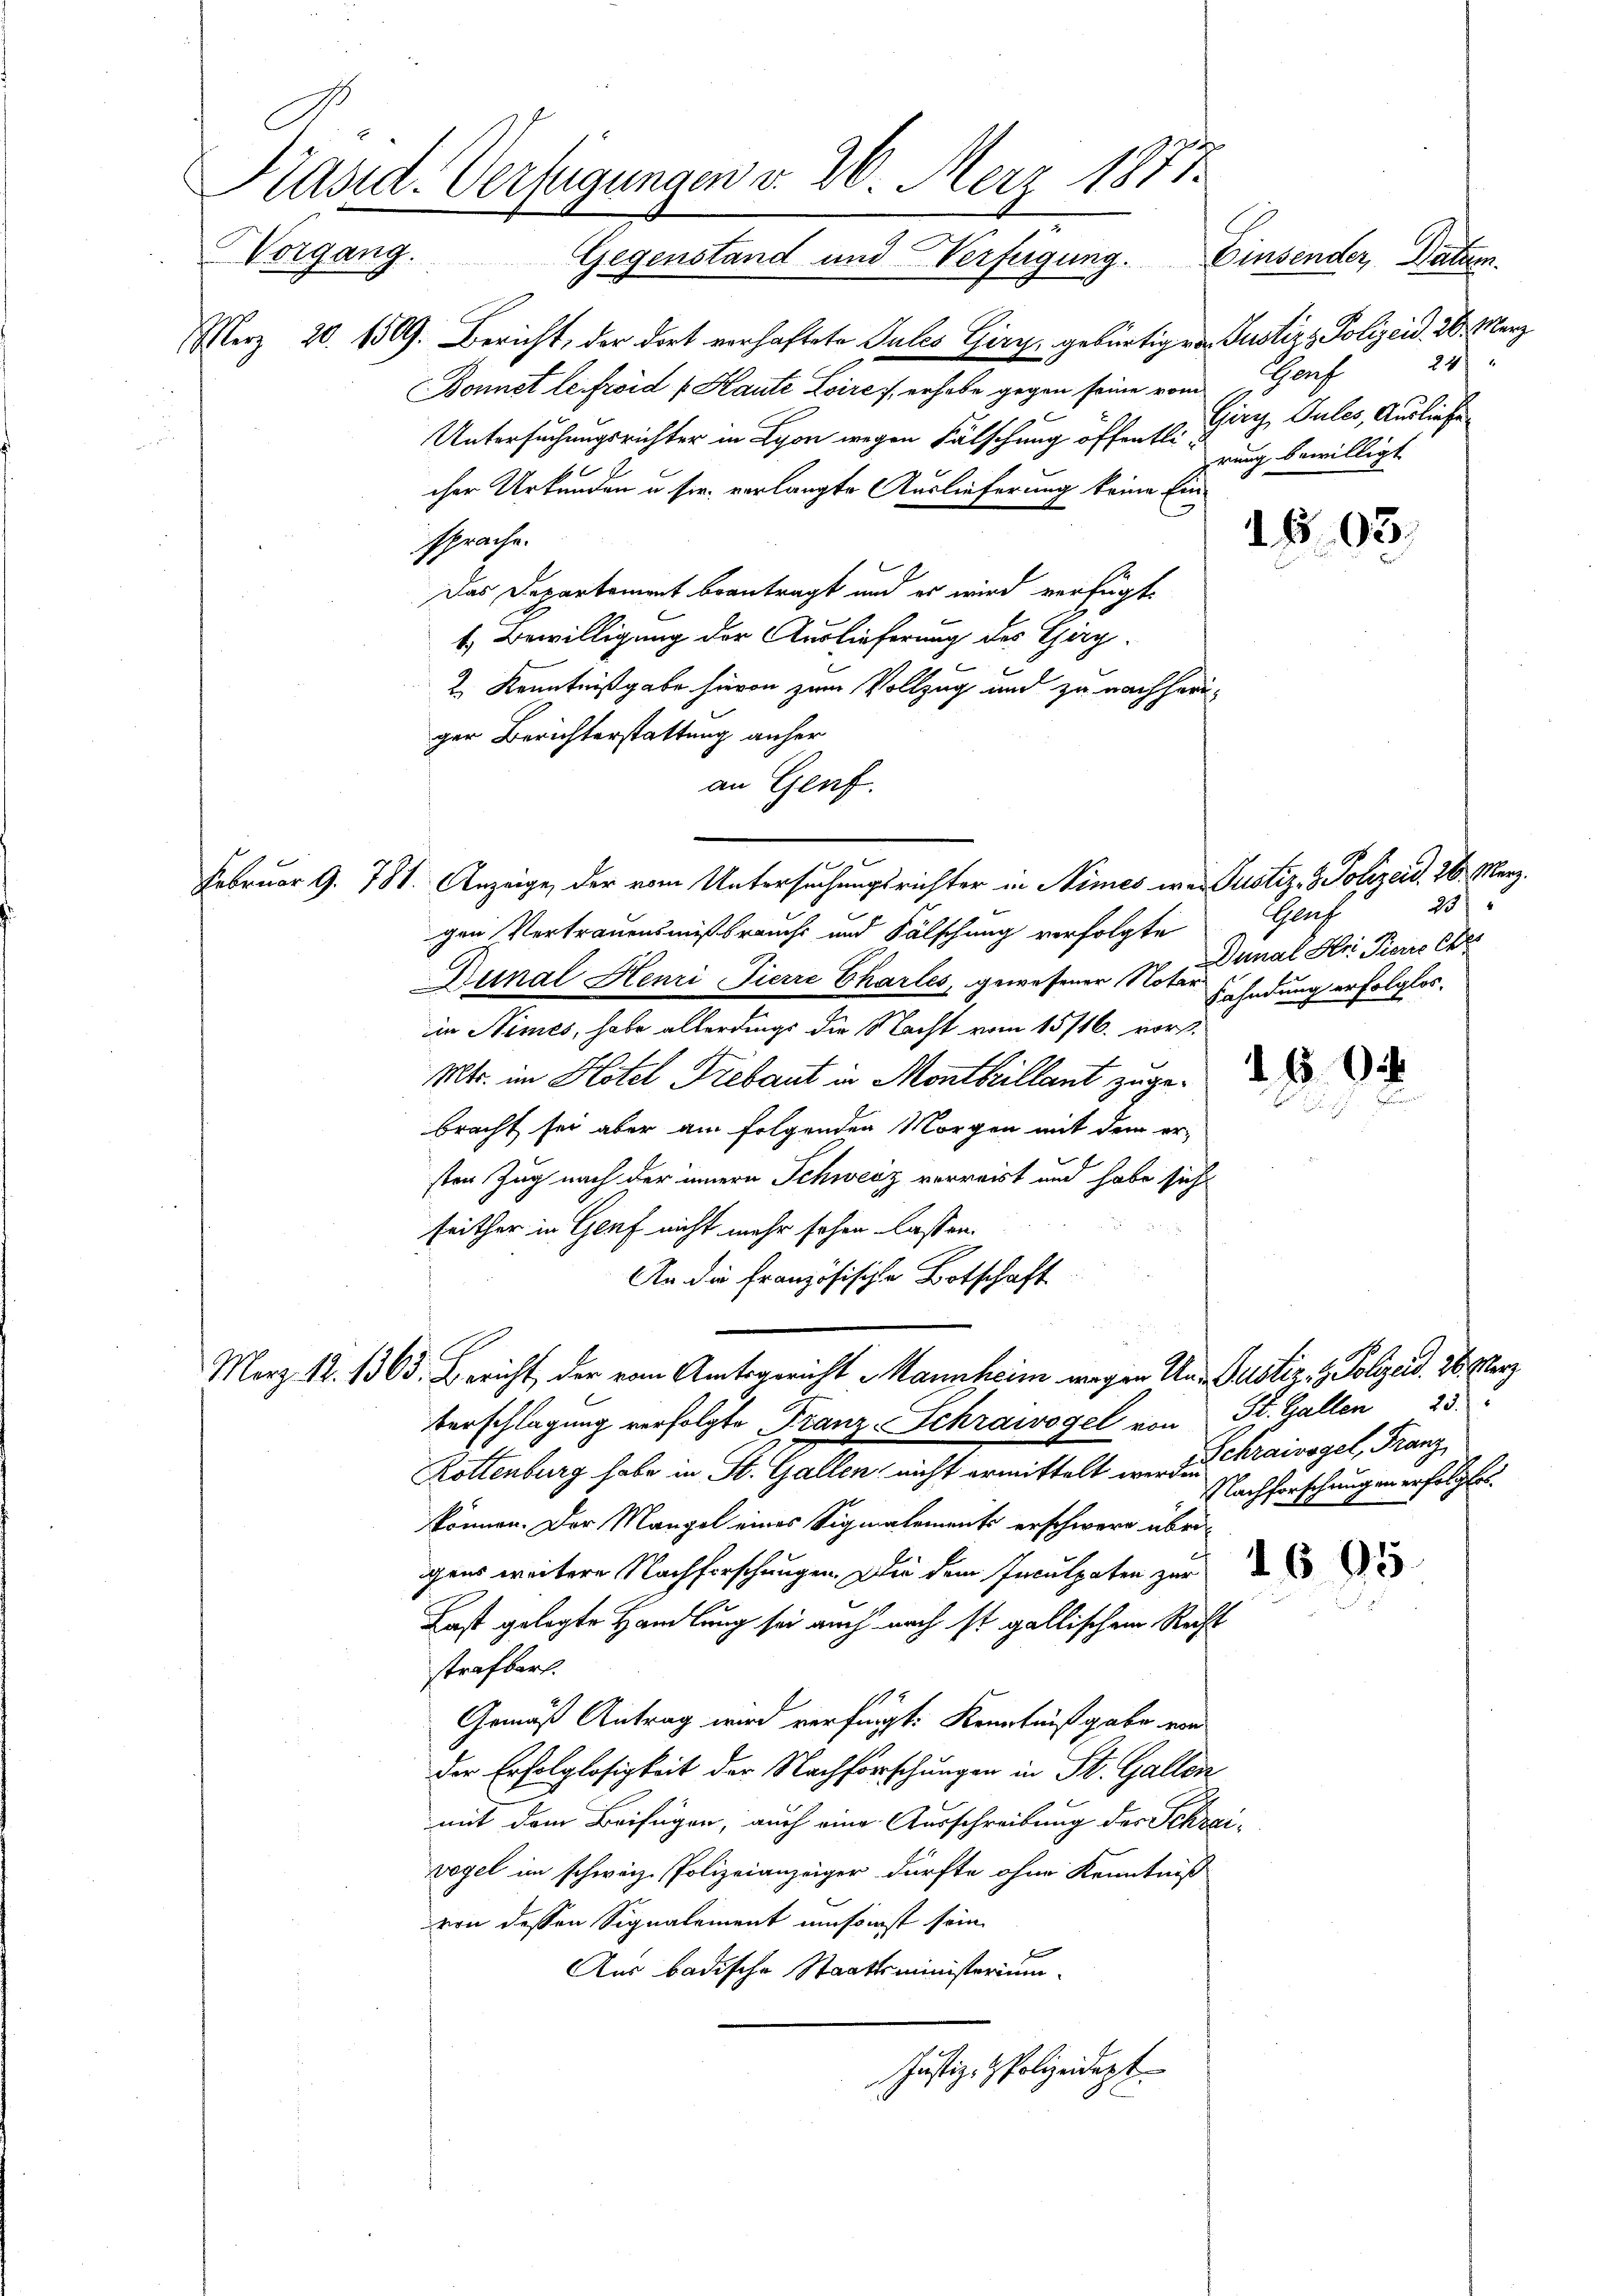
Präsid. Verfügungen v. 26. Merz 1887.
Vorgang. Gegenstand und Verfügung. Einsender, Datum.

heben

Merz 20. 1509. Bericht, der dort verhaftete Julis Giry, gebürtigen Gustiz, Polizeid. 20. März
Bonnet le frid f Haute Loire, erhabe gegen seine vom
Untersuchungsrichter in Lyon wegen Fälschung öffentlich auch bewilligt
cher Urkunden u. sie verlangte Auslieferung keine Einsprache.
Das Departement beantragt und es wird verfügt,
1. Bewilligung der Auslieferung des Giry-
2. Kenntnißgabe hievon zum Vollzug und zu nachheriger Berichterstattung anher
an Genf.
ar 9. 781. Anzeige, der vom Untersuchungsrichter in Nimes wer Justiz- & Polizeid, 26. März.
gen Vertrauensmißbraucht und Fälschung verfolgte
Dunal Henri Tierre Charles, gewesener Notar sehndung erfolglos.
in Nimes, habe allerdings die Nacht vom 15/16. vor.
Mtr. im Hotel Frebaut in Montheillant zuge-
bracht sei aber am folgenden Morgen mit dem ersten Zug nach der innern Schweiz verreist und habe sich
seither in Genf nicht mehr hohen lassen.
An die Französische Botschaft
März 12. 1363. Bericht, der vom Amtsgericht Mannheim wegen Un- Justiz- & Polyed. 26. Merz
Verschlagung verfolgte Franz-Schrawogel von St. Gallen 25.
Rottenburg habe in St. Gallen, nicht ermittelt wir das Chraivogel, Franz
Nachforschungen erfolgtes.
können. Der Mangel eines Signalements erschwere übrigens weitere Nachforschungen. Die dem Inculpaten zur
Last gelegte Handlung sei auch nach ist gallischen Recht
strafbart.
Gemäß Antrag wird verfügt: Kenntnißgabe von
der Erfolglosigkeit der Nachforschungen in St. Gallen
mit dem Beifügen, auch eine Ausschreibung des Schrei-
vogel im schweiz. Polizeianzeiger dürfte ohne Kenntniß
von dessen Signalement umsonst sein
Aus badische Staatsministerium
Justiz- & Polizeidigt

24
Gaf
Giry, Pules, Ausliefe

18. 93.

25
Gruf
Dunal Hr. Pierre Chr

d